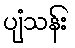
ပျံသန်း